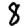
Digit: 8